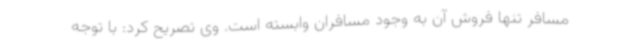
مسافر تنها فروش آن به وجود مسافران وابسته است. وی تصریح کرد: با توجه